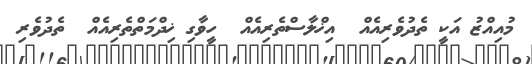
މުއިއްޒު އަކީ ތެދުވެރިއެއް  އިޚްލާސްތެރިއެއް  ހީވާގި ޚިދްމަތްތެރިއެއް  ތެދުވެރި